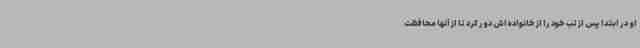
او در ابتدا پس از تب خود را از خانواده‌اش دور کرد تا از آنها محافظت